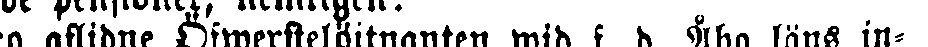
1:o aflidne Öfwerstelöjtnanten wid f. d. Åbo läns in-